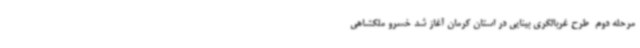
مرحله دوم  طرح غربالگری بینایی در استان کرمان آغاز شد خسرو ملکشاهی